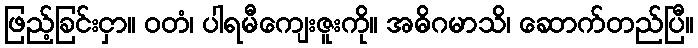
ဖြည့်ခြင်းငှာ။ ဝတံ၊ ပါရမီကျေးဇူးကို။ အဓိဂမာသိ၊ ဆောက်တည်ပြီ။